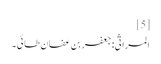
[5]
المراثی:جعفر بن عفان طائی۔